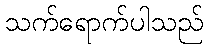
သက်ရောက်ပါသည်